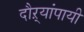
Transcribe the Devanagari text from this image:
दौऱ्यांपायी